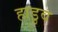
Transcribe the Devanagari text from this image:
हाडुव